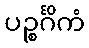
ပဉ္စင်္ဂိကံ